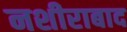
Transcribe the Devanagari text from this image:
नशीराबाद